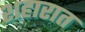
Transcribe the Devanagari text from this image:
शहारात